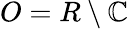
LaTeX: O=R\setminus\mathbb{C}